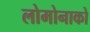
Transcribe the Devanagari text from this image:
लोमोनाको